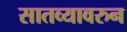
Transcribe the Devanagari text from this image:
सातव्यावरुन